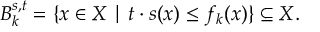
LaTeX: B _ { k } ^ { s , t } = \{ x \in X \mid t \cdot s ( x ) \leq f _ { k } ( x ) \} \subseteq X .